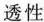
透性